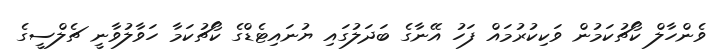
ވެންހާލް ކޯޗުކަމުން ވަކިކުރުމައް ފަހު އޭނާގެ ބަދަލުގައި ޔުނައިޓެޑްގެ ކޯޗުކަމާ ހަވާލުވާނީ ޗެލްސީގެ